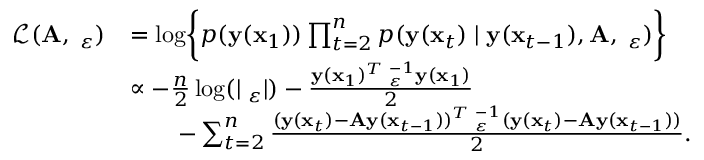
\begin{array} { r l } { \mathcal L ( \mathbf A , \mathbf \Sigma _ { \varepsilon } ) } & { = \log \biggl \{ p ( \mathbf y ( \mathbf x _ { 1 } ) ) \prod _ { t = 2 } ^ { n } p ( \mathbf y ( \mathbf x _ { t } ) \mid \mathbf y ( \mathbf x _ { t - 1 } ) , \mathbf A , \mathbf \Sigma _ { \varepsilon } ) \biggl \} } \\ & { \propto - \frac { n } { 2 } \log ( | \mathbf \Sigma _ { \varepsilon } | ) - \frac { \mathbf y ( \mathbf x _ { 1 } ) ^ { T } \mathbf \Sigma _ { \varepsilon } ^ { - 1 } \mathbf y ( \mathbf x _ { 1 } ) } { 2 } } \\ & { \qquad - \sum _ { t = 2 } ^ { n } \frac { ( \mathbf y ( \mathbf x _ { t } ) - \mathbf A \mathbf y ( \mathbf x _ { t - 1 } ) ) ^ { T } \mathbf \Sigma _ { \varepsilon } ^ { - 1 } ( \mathbf y ( \mathbf x _ { t } ) - \mathbf A \mathbf y ( \mathbf x _ { t - 1 } ) ) } { 2 } . } \end{array}